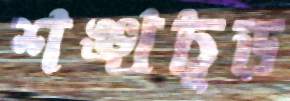
শঙ্খচূড়